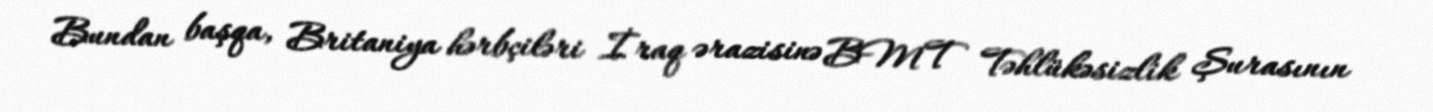
Bundan başqa, Britaniya hərbçiləri İraq ərazisinə BMT Təhlükəsizlik Şurasının